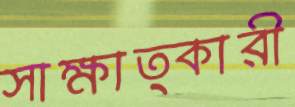
সাক্ষাত্কারী